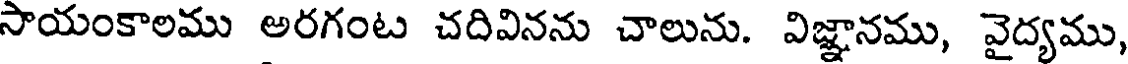
సాయంకాలము అరగంట చదివినను చాలును. విజ్ఞానము, వైద్యము,